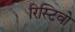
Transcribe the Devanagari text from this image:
रिस्टिवो